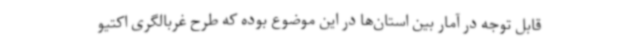
قابل توجه در آمار بین استان‌ها در این موضوع بوده که طرح غربالگری اکتیو